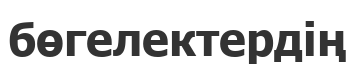
бөгелектердің